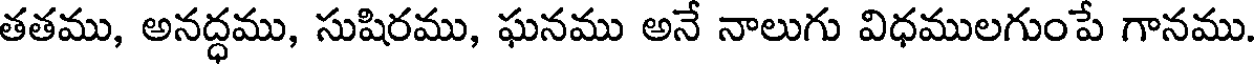
తతము, అనద్ధము, సుషిరము, ఘనము అనే నాలుగు విధములగుంపే గానము.